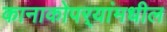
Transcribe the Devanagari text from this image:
कानाकोपर्‍यांमधील